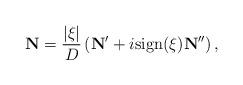
LaTeX: \begin{align*}\mathbf{N}=\frac{|\xi|}{D}\left(\mathbf{N}'+i\mathrm{ sign}(\xi)\mathbf{N}''\right),\end{align*}